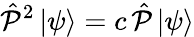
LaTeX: {\hat{\mathcal{P}}}^{2}\left|\psi\right\rangle=c\, {\hat{\mathcal{P}}}\left|\psi\right\rangle